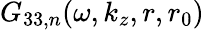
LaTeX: G_{33,n}(\omega,k_{z},r,r_{0})